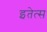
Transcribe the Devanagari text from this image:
इतेत्स